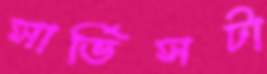
সার্ভিসটা